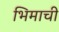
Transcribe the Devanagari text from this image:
भिमाची